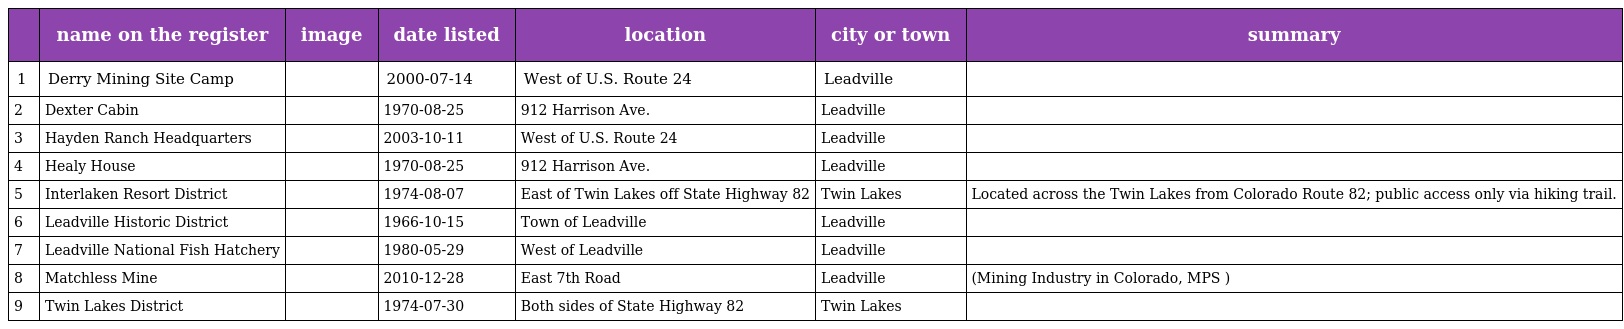
|  | name on the register | image | date listed | location | city or town | summary |
 | --- | --- | --- | --- | --- | --- | --- |
 | 1 | Derry Mining Site Camp |  | 2000-07-14 | West of U.S. Route 24 | Leadville |  |
 | 2 | Dexter Cabin |  | 1970-08-25 | 912 Harrison Ave. | Leadville |  |
 | 3 | Hayden Ranch Headquarters |  | 2003-10-11 | West of U.S. Route 24 | Leadville |  |
 | 4 | Healy House |  | 1970-08-25 | 912 Harrison Ave. | Leadville |  |
 | 5 | Interlaken Resort District |  | 1974-08-07 | East of Twin Lakes off State Highway 82 | Twin Lakes | Located across the Twin Lakes from Colorado Route 82; public access only via hiking trail. |
 | 6 | Leadville Historic District |  | 1966-10-15 | Town of Leadville | Leadville |  |
 | 7 | Leadville National Fish Hatchery |  | 1980-05-29 | West of Leadville | Leadville |  |
 | 8 | Matchless Mine |  | 2010-12-28 | East 7th Road | Leadville | (Mining Industry in Colorado, MPS ) |
 | 9 | Twin Lakes District |  | 1974-07-30 | Both sides of State Highway 82 | Twin Lakes |  |